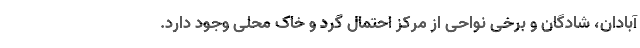
آبادان، شادگان و برخی نواحی از مرکز احتمال گرد و خاک محلی وجود دارد.